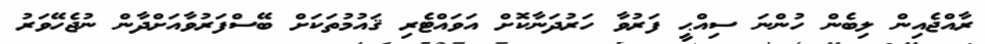
ރާއްޖެއިން ލިބެން ހުންނަ ސިއްޙީ ފަރުވާ ހަރުދަނާކޮށް އަވައްޓެރި ޤައުމުތަކަށް ބޭސްފަރުވާއަށްދާން ނުޖެހޭވަރު